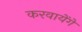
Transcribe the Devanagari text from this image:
करवायेंगे